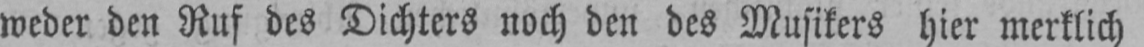
weder den Ruf des Dichters noch den des Musikers hier merklich